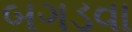
બગડવા